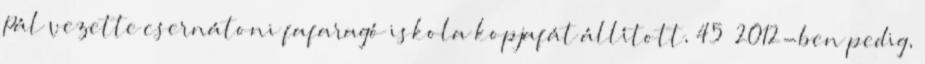
Pál vezette csernátoni fafaragó iskola kopjafát állított, 45 2012-ben pedig,